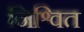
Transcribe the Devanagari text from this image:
निश्वित